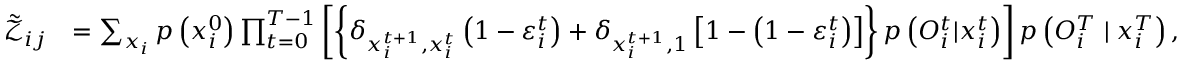
\begin{array} { r l } { \tilde { \mathcal { Z } } _ { i j } } & { = \sum _ { \boldsymbol { x } _ { i } } { p \left( x _ { i } ^ { 0 } \right) } \prod _ { t = 0 } ^ { T - 1 } \left[ \left\{ \delta _ { x _ { i } ^ { t + 1 } , x _ { i } ^ { t } } \left( 1 - \varepsilon _ { i } ^ { t } \right) + \delta _ { x _ { i } ^ { t + 1 } , 1 } \left[ 1 - \left( 1 - \varepsilon _ { i } ^ { t } \right) \right] \right\} p \left( { O } _ { i } ^ { t } | x _ { i } ^ { t } \right) \right] p \left( { O } _ { i } ^ { T } \mid x _ { i } ^ { T } \right) , } \end{array}